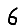
Digit: 6